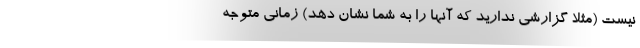
نیست (مثلا گزارشی ندارید که آنها را به شما نشان دهد) زمانی متوجه